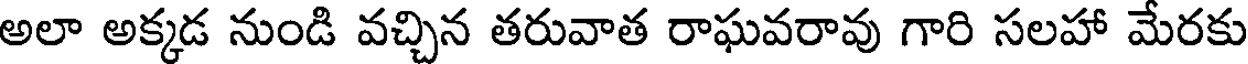
అలా అక్కడ నుండి వచ్చిన తరువాత రాఘవరావు గారి సలహా మేరకు